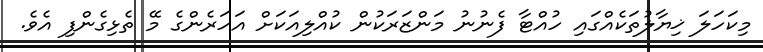
މިކަހަލަ ޚިޔާލުތަކެއްގައި ހުއްޓާ ފެނުނު މަންޒަރަކުން ކުއްލިއަކަށް އަހަރެންގެ މޭ ތެޅިގެންފި އެވެ.